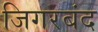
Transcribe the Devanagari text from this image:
जिगरबंद